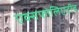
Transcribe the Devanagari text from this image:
एक्सफोलिएटीव